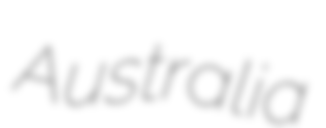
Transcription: Australia